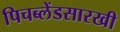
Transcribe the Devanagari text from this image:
पिचब्लेंडसारखी